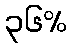
၃၆%